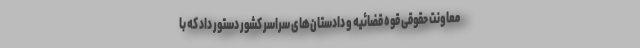
معاونت حقوقی قوه قضائیه و دادستان‌های سراسر کشور دستور داد که با